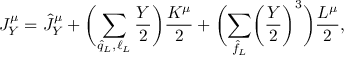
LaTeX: J _ { Y } ^ { \mu } = \hat { J } _ { Y } ^ { \mu } + \biggl ( \sum _ { \hat { q } _ { L } , \ell _ { L } } \frac { Y } { 2 } \biggr ) \frac { K ^ { \mu } } { 2 } + \biggl ( \sum _ { \hat { f } _ { L } } \biggl ( \frac { Y } { 2 } \biggr ) ^ { 3 } \biggr ) \frac { L ^ { \mu } } { 2 } ,